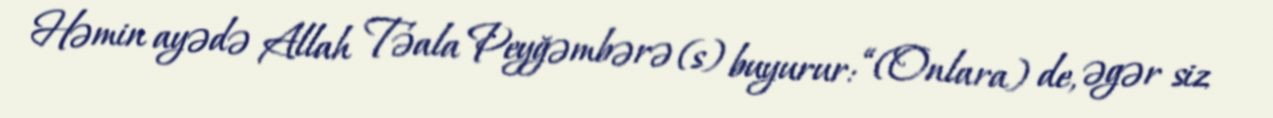
Həmin ayədə Allah Təala Peyğəmbərə (s) buyurur: “(Onlara) de, əgər siz